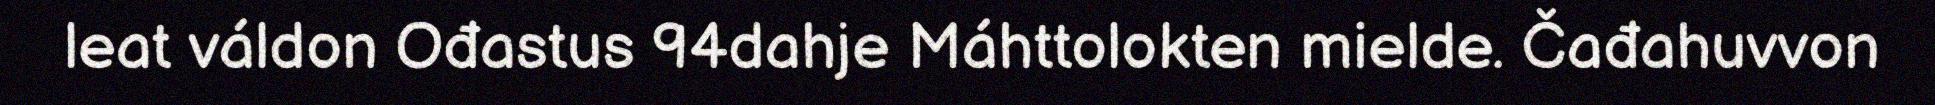
leat váldon Ođastus 94dahje Máhttolokten mielde. Čađahuvvon